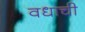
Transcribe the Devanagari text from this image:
वधाची